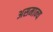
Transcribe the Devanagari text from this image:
असमान्‍य